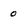
Character: 0